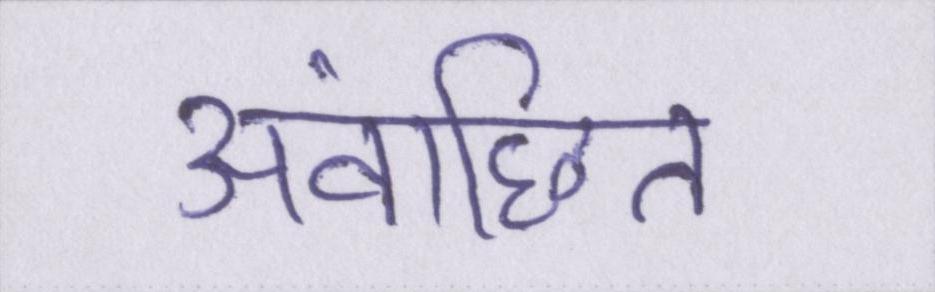
अवांछित